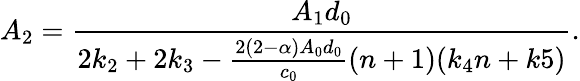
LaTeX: A_{2}=\frac{A_{1}d_{0}}{2k_{2}+2k_{3}-\frac{2(2-\alpha)A_{0}d_{0}}{c_{0}}(n+1)(k_{4}n+k5)}.